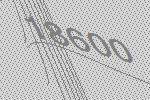
18600